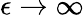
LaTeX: \epsilon\to\infty